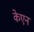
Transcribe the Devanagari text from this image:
केएन